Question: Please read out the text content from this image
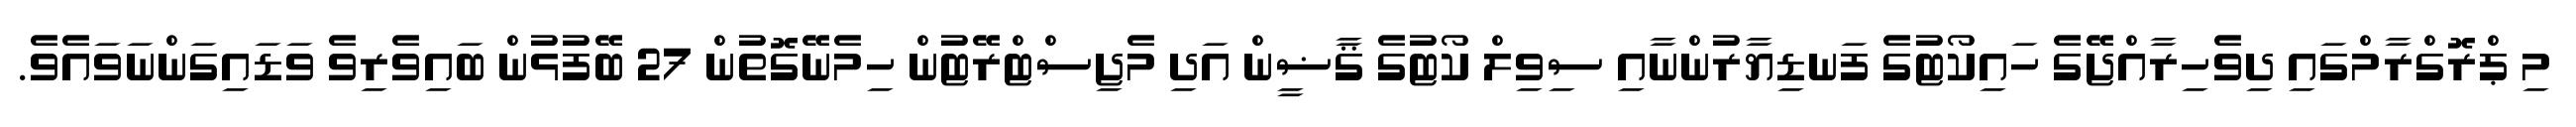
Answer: މި ޕްރޮގްރާމްގައި ދިވެހިރާއްޖޭގެ ހައިކޯޓުގެ ފަނޑިޔާރުންނާއި ސިވިލް ކޯޓުގެ ޤާޟީން އަދި މެޖިސްޓްރޭޓުން ހިމެނޭގޮތުން 27 ބޭފުޅުން ބައިވެރިވެ ވަޑައިގަންނަވައެވެ.